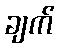
ချက်